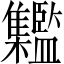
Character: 𩁱